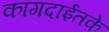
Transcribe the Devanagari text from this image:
कागदाईतके